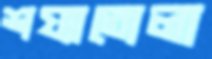
শয্যাতোলা